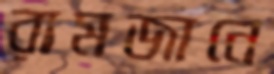
রামজানে